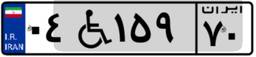
۰۴W۱۵۹۷۰